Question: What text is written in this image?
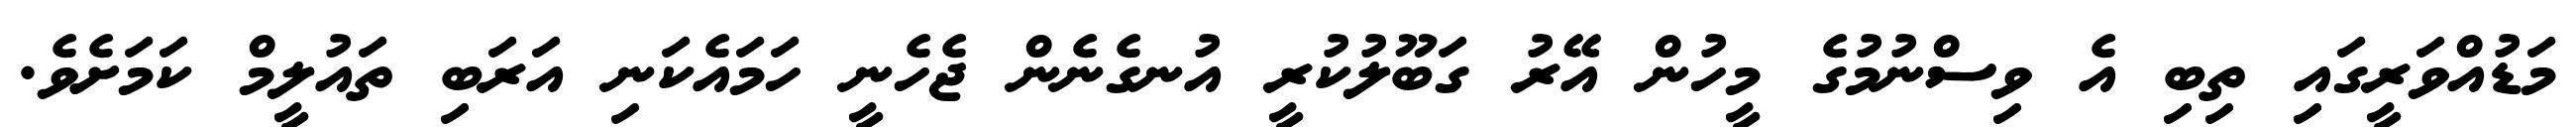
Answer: މަޑުއްވަރީގައި ތިބި އެ ވިސްނުމުގެ މީހުން އޭރު ގަބޫލުކުރީ އުނގެނެން ޖެހެނީ ހަމައެކަނި އަރަބި ތައުލީމް ކަމަށެވެ.